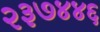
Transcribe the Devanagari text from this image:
२३७४४६